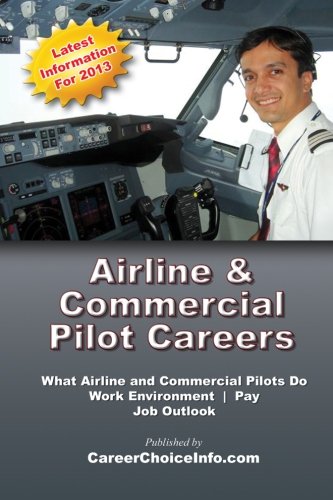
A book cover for Airline and Commercial Pilot Careers: What you need to know to become an Airline Pilot; Career Choice Info; Education & Teaching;